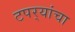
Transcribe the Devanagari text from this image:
टपर्‍यांचा